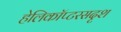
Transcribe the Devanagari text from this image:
हेलिकॉप्टरसदृश